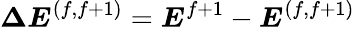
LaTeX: \boldsymbol{\Delta E}^{(f,f+1)}=\boldsymbol{E}^{f+1}-\boldsymbol{E}^{(f,f+1)}